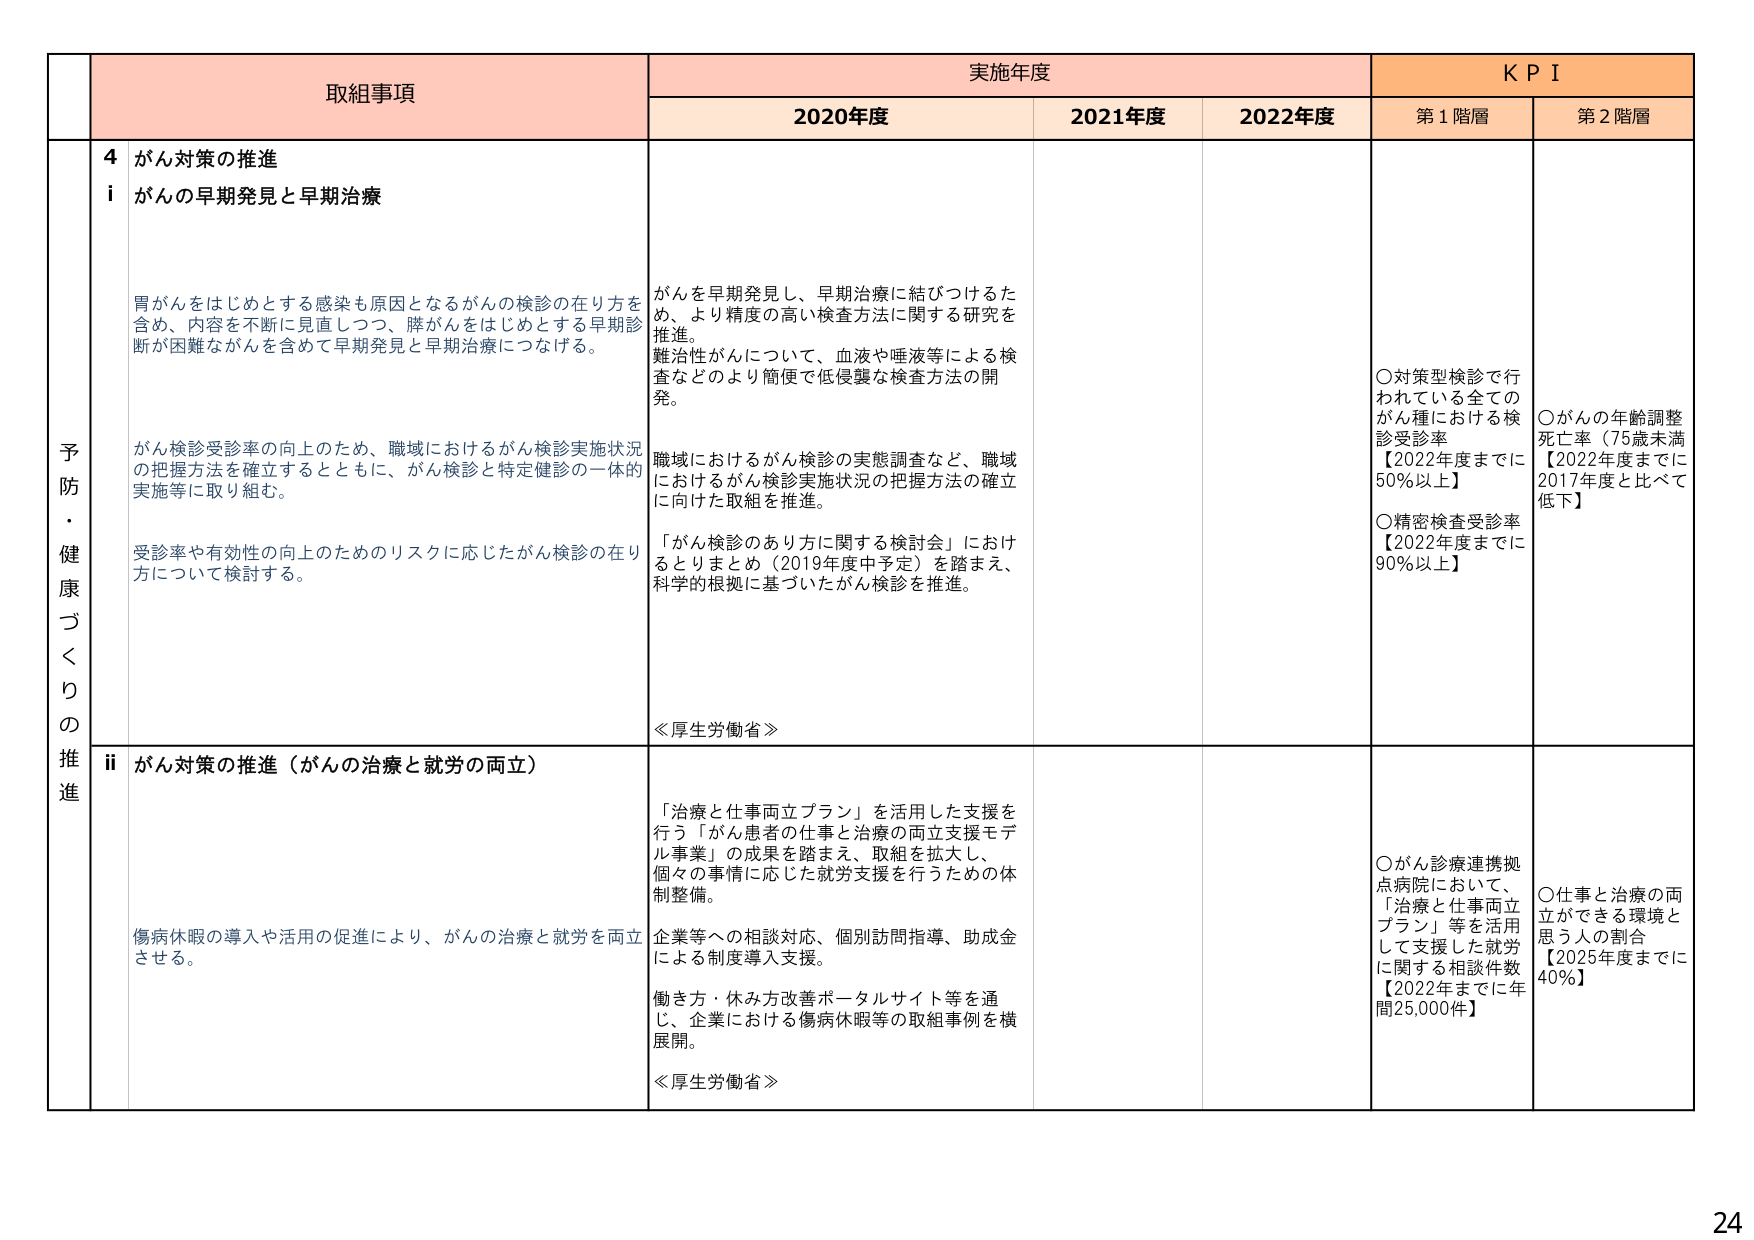
予防・健康づくりの推進

取組事項

4 がん対策の推進

i がんの早期発見と早期治療

胃がんをはじめとする感染も原因となるがんの検診の在り方を含め、内容を不断に見直しつつ、膵がんをはじめとする早期診断が困難ながんを含めて早期発見と早期治療につなげる。

がん検診受診率の向上のため、職域におけるがん検診実施状況の把握方法を確立するとともに、がん検診と特定健診の一体的実施等に取り組む。

受診率や有効性の向上のためのリスクに応じたがん検診の在り方について検討する。

がんを早期発見し、早期治療に結びつけるため、より精度の高い検査方法に関する研究を推進。

難治性がんについて、血液や唾液等による検査などのより簡便で低侵襲な検査方法の開発。

職域におけるがん検診の実態調査など、職域におけるがん検診実施状況の把握方法の確立に向けた取組を推進。

「がん検診のあり方に関する検討会」におけるとりまとめ（2019年度中予定）を踏まえ、科学的根拠に基づいたがん検診を推進。

≪厚生労働省≫

ii がん対策の推進（がんの治療と就労の両立）

傷病休暇の導入や活用の促進により、がんの治療と就労を両立させる。

「治療と仕事両立プラン」を活用した支援を行う「がん患者の仕事と治療の両立支援モデル事業」の成果を踏まえ、取組を拡大し、個々の事情に応じた就労支援を行うための体制整備。

企業等への相談対応、個別訪問指導、助成金による制度導入支援。

働き方・休み方改善ポータルサイト等を通じ、企業における傷病休暇等の取組事例を横展開。

≪厚生労働省≫

実施年度

2020年度

2021年度

2022年度

KPI

第1階層

○対策型検診で行われている全てのがん種における検診受診率【2022年度までに50%以上】

○精密検査受診率【2022年度までに90%以上】

第2階層

○がんの年齢調整死亡率（75歳未満）【2022年度までに2017年度と比べて低下】

○がん診療連携拠点病院において、「治療と仕事両立プラン」等を活用して支援した就労に関する相談件数【2022年までに年間25,000件】

○仕事と治療の両立ができる環境と思う人の割合【2025年度までに40%】

24